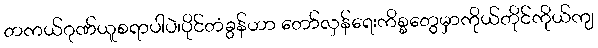
တကယ်ဂုဏ်ယူစရာပါပဲ၊ပိုင်တံခွန်ဟာ တော်လှန်ရေးကိစ္စတွေမှာကိုယ်တိုင်ကိုယ်ကျ